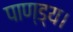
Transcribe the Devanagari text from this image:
पाण्ड्य।